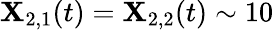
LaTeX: \mathbf{X}_{2,1}(t)=\mathbf{X}_{2,2}(t)\sim10